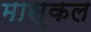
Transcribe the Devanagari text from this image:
मास्कल